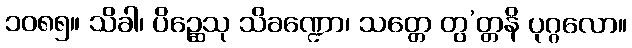
၁၀၈၅။ သိခါ၊ ပိဉ္ဆေသု သိခဏ္ဍော၊ သတ္တေ တွ’တ္တနိ ပုဂ္ဂလော။